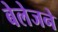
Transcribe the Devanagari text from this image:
बेलेजने